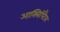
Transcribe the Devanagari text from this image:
आक्सिपिटैल